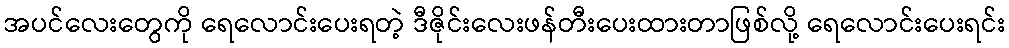
အပင်လေးတွေကို ရေလောင်းပေးရတဲ့ ဒီဇိုင်းလေးဖန်တီးပေးထားတာဖြစ်လို့ ရေလောင်းပေးရင်း